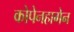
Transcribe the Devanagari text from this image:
कोपेनहागेन